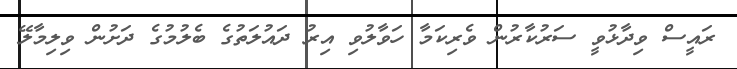
ރައީސް ވިދާޅުވީ ސަރުކާރުން ވެރިކަމާ ހަވާލުވި އިރު ދައުލަތުގެ ބެލުމުގެ ދަށުން ވިލިމާލޭ